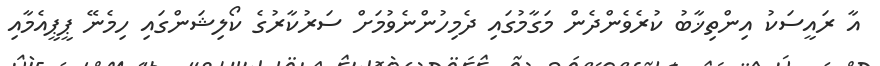
އާ ރައީސަކު އިންތިޚާބު ކުރެވެންދެން މަގާމުގައި ދެމިހުންނެވުމަށް ސަރުކާރުގެ ކޯލިޝަންގައި ހިމެނޭ ޕީޕީއެމާއި